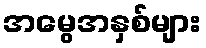
အမွေအနှစ်များ